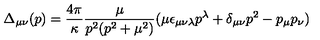
\Delta _ { \mu \nu } ( p ) = \frac { 4 \pi } { \kappa } \frac { \mu } { p ^ { 2 } ( p ^ { 2 } + \mu ^ { 2 } ) } ( \mu \epsilon _ { \mu \nu \lambda } p ^ { \lambda } + \delta _ { \mu \nu } p ^ { 2 } - p _ { \mu } p _ { \nu } )